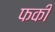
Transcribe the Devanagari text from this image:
फकी